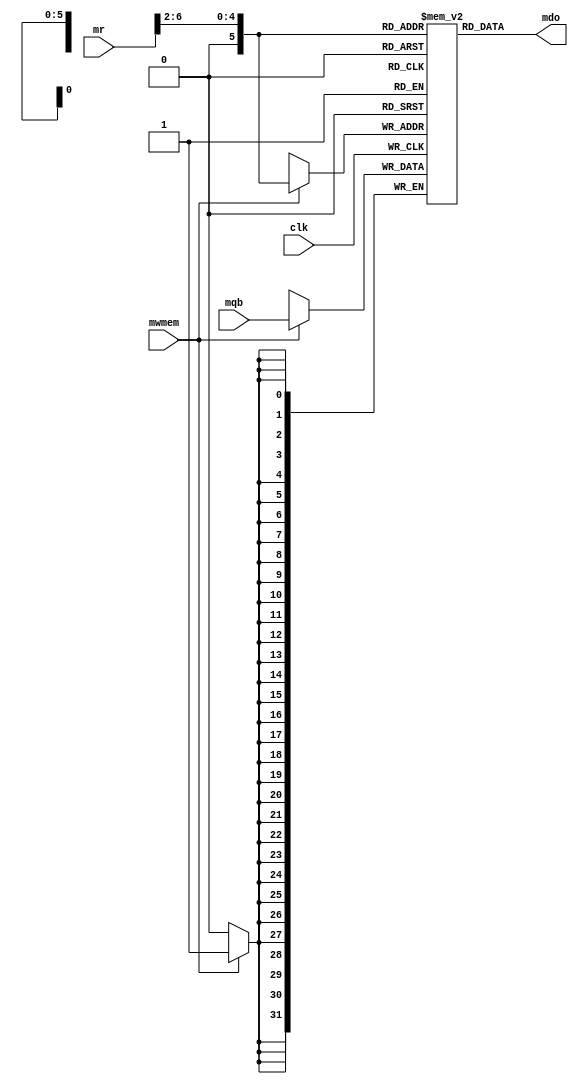
`timescale 1ns / 1ps
//////////////////////////////////////////////////////////////////////////////////
// Company: 
// Engineer: 
// 
// Design Name: 
// Module Name: data_memory
// Project Name: 
// Target Devices: 
// Tool Versions: 
// Description: 
// 
// Dependencies: 
// 
// Revision:
// Revision 0.01 - File Created
// Additional Comments:
// 
//////////////////////////////////////////////////////////////////////////////////


module data_memory(
input [31:0] mr, 
input [31:0] mqb, 
input mwmem,
input clk, 
output reg [31:0] mdo
    );
    reg [31:0] memory [63:0]; 
    integer i;
    
   
    initial begin
        for (i = 0; i < 32; i = i + 1) begin
            memory[i] = 0;
        end
        
        memory[5'h14] = 32'h000000a3;  // (50) data[0]   0 +  a3 =  a3
        memory[5'h15] = 32'h00000027;  // (54) data[1]  a3 +  27 =  ca
        memory[5'h16] = 32'h00000079;  // (58) data[2]  ca +  79 = 143
        memory[5'h17] = 32'h00000115;   // (5c) data[3] 143 + 115 = 258
  
    end
    always @(*)
    begin
        mdo = memory[mr[6:2]];
    end
    always @(negedge clk)
    begin
        if(mwmem == 1'b1)
        begin
            memory[mr[6:2]] = mqb;
        end
    end
endmodule